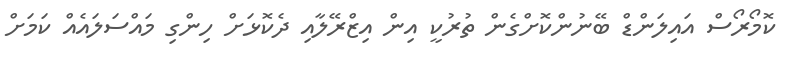
ކޮމޯރޯސް އައިލަންޑް ބޭނުންކޮށްގެން ތުރުކީ އިން އިޒްރޭލާއި ދެކޮޅަށް ހިންގި މައްސަލައެއް ކަމަށް